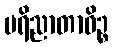
ပရိညာတာဝိဉ္စ